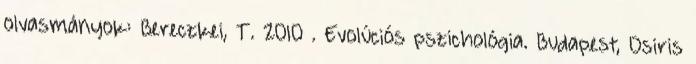
olvasmányok: Bereczkei, T. 2010 . Evolúciós pszichológia. Budapest, Osiris